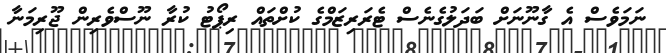
ނަމަވެސް އެ ގާނޫނަށް ބަދަލުގެނެސް ޓެރަރިޒަމްގެ ކުށްތައް ރިޕޯޓު ކުރާ ނޫސްވެރިން ޖޫރިމަނާ